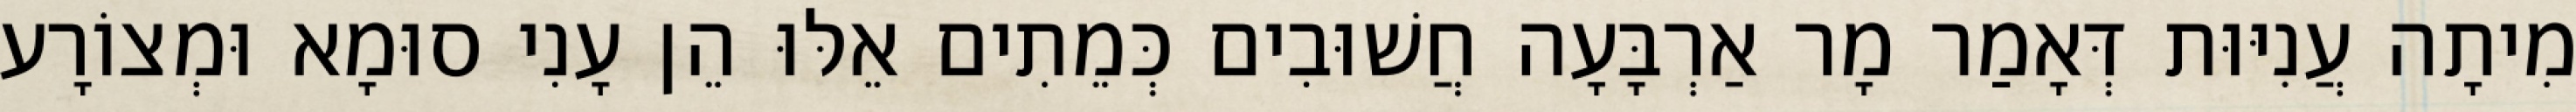
מִיתָה עֲנִיּוּת דְּאָמַר מָר אַרְבָּעָה חֲשׁוּבִים כְּמֵתִים אֵלּוּ הֵן עָנִי סוּמָא וּמְצוֹרָע